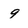
Character: 9